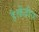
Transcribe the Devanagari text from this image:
है।केंद्रीय